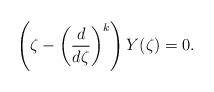
LaTeX: \begin{align*}\left( \zeta- \left( \frac{d}{d\zeta} \right)^{k} \right) Y(\zeta) = 0.\end{align*}